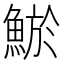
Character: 鯲